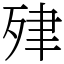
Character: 肂